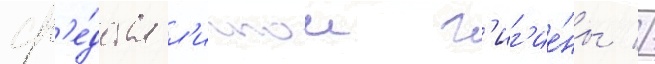
ср'е́дства л'ичнои г'иг'ие́ны //